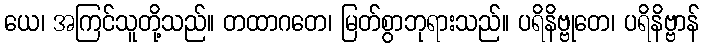
ယေ၊ အကြင်သူတို့သည်။ တထာဂတေ၊ မြတ်စွာဘုရားသည်။ ပရိနိဗ္ဗုတေ၊ ပရိနိဗ္ဗာန်